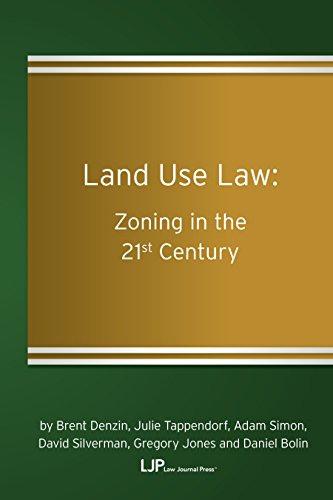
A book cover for Land Use Law: Zoning in the 21st Century; Denzin Brent; Law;